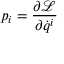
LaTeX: p _ { i } = { \frac { \partial { \mathcal { L } } } { \partial { \dot { q } } ^ { i } } }